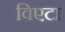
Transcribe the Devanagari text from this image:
विएटा